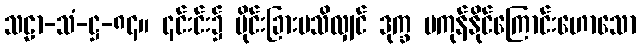
သဠာ-သံ-ဋ္ဌ-၈၄။ ၎င်းင်း၌ ပိုင်းခြားမသိလျှင် ဒုက္ခ မကုန်နိုင်ကြောင်းဟောသော